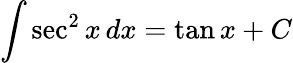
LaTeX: \int\sec^{2}{x}\, dx=\tan{x}+C